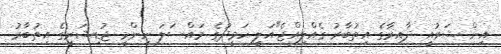
އިން ޝަރުއީ ދާއިރާގެ އިތުބާރު ގެއްލިއްޖެ"އަލީ ހަމީދުގެ މައްސަލަ ނިންމީ ޖުޑިޝަރީގެ އިތުބާރު